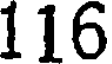
116